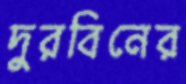
দুরবিনের